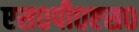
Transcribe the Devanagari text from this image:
एस०पी०एस०